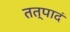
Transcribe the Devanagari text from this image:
तत्पादं